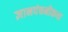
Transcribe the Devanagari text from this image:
ज्ञानपंचमीकथा